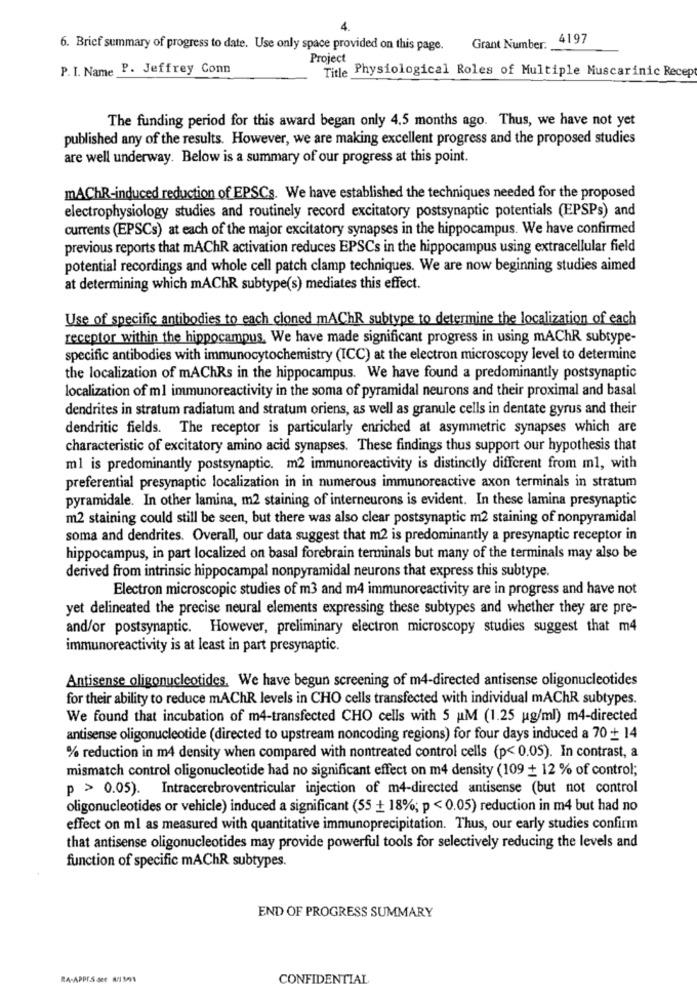
4.
4197
6. Brief summary of progress to date. Use only space provided on this page.
Grant Number.
Project
P. I. Name P. Jeffrey Conn
Title Physiological Roles of Multiple Muscarinic Recep
The funding period for this award began only 4.5 months ago. Thus, we have not yet
published any of the results. However, we are making excellent progress and the proposed studies
are well underway. Below is a summary of our progress at this point.
mAChR-induced reduction of EPSCs. We have established the techniques needed for the proposed
electrophysiology studies and routinely record excitatory postsynaptic potentials (EPSPs) and
currents (EPSCs) at each of the major excitatory synapses in the hippocampus. We have confirmed
previous reports that mAChR activation reduces EPSCs in the hippocampus using extracellular field
potential recordings and whole cell patch clamp techniques. We are now beginning studies aimed
at determining which mAChR subtype(s) mediates this effect.
Use of specific antibodies to each cloned mAChR subtype to determine the localization of each
receptor within the hippocampus. We have made significant progress in using mAChR subtype-
specific antibodies with immunocytochemistry (ICC) at the electron microscopy level to determine
the localization of mAChRs in the hippocampus. We have found a predominantly postsynaptic
localization of ml immunoreactivity in the soma of pyramidal neurons and their proximal and basal
dendrites in stratum radiatum and stratum oriens, as well as granule cells in dentate gyrus and their
dendritic fields. The receptor is particularly enriched at asymmetric synapses which are
characteristic of excitatory amino acid synapses. These findings thus support our hypothesis that
ml is predominantly postsynaptic. m2 immunoreactivity is distinctly different from ml, with
preferential presynaptic localization in in numerous immunoreactive axon terminals in stratum
pyramidale. In other lamina, m2 staining of interneurons is evident. In these lamina presynaptic
m2 staining could still be seen, but there was also clear postsynaptic m2 staining of nonpyramidal
soma and dendrites. Overall, our data suggest that m2 is predominantly a presynaptic receptor in
hippocampus, in part localized on basal forebrain terminals but many of the terminals may also be
derived from intrinsic hippocampal nonpyramidal neurons that express this subtype.
Electron microscopic studies of m3 and m4 immunoreactivity are in progress and have not
yet delineated the precise neural elements expressing these subtypes and whether they are pre-
and/or postsynaptic. However, preliminary electron microscopy studies suggest that m4
immunoreactivity is at least in part presynaptic.
Antisense oligonucleotides. We have begun screening of m4-directed antisense oligonucleotides
for their ability to reduce mAChR levels in CHO cells transfected with individual mAChR subtypes.
We found that incubation of m4-transfected CHO cells with 5 uM (1.25 ug/ml) m4-directed
antisense oligonucleotide (directed to upstream noncoding regions) for four days induced a 70 + 14
% reduction in m4 density when compared with nontreated control cells (p< 0.05). In contrast, a
mismatch control oligonucleotide had no significant effect on m4 density (109 + 12 % of control;
p > 0.05). Intracerebroventricular injection of m4-directed antisense (but not control
oligonucleotides or vehicle) induced a significant (55 + 18%; p < 0.05) reduction in m4 but had no
effect on ml as measured with quantitative immunoprecipitation. Thus, our early studies confirm
that antisense oligonucleotides may provide powerful tools for selectively reducing the levels and
function of specific mAChR subtypes.
END OF PROGRESS SUMMARY
RA-APPES SEE MISS
CONFIDENTIAL